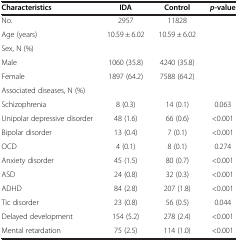
| Characteristics | IDA | Control | p-value |
 | --- | --- | --- | --- |
 | No. | 2957 | 11828 |  |
 | Age (years) | 10.59 ± 6.02 | 10.59 ± 6.02 |  |
 | Sex, N (%) |  |  |  |
 | Male | 1060 (35.8) | 4240 (35.8) |  |
 | Female | 1897 (64.2) | 7588 (64.2) |  |
 | Associated diseases, N (%) |  |  |  |
 | Schizophrenia | 8 (0.3) | 14 (0.1) | 0.063 |
 | Unipolar depressive disorder | 48 (1.6) | 66 (0.6) | <0.001 |
 | Bipolar disorder | 13 (0.4) | 7 (0.1) | <0.001 |
 | OCD | 4 (0.1) | 8 (0.1) | 0.274 |
 | Anxiety disorder | 45 (1.5) | 80 (0.7) | <0.001 |
 | ASD | 24 (0.8) | 32 (0.3) | <0.001 |
 | ADHD | 84 (2.8) | 207 (1.8) | <0.001 |
 | Tic disorder | 23 (0.8) | 56 (0.5) | 0.044 |
 | Delayed development | 154 (5.2) | 278 (2.4) | <0.001 |
 | Mental retardation | 75 (2.5) | 114 (1.0) | <0.001 |